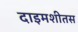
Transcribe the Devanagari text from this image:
दाइमशीतस